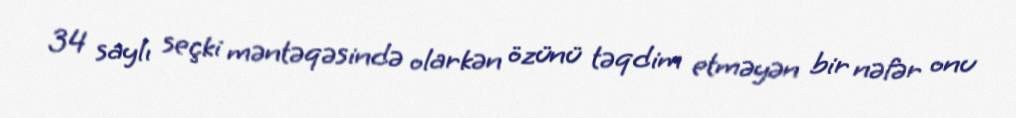
34 saylı seçki məntəqəsində olarkən özünü təqdim etməyən bir nəfər onu